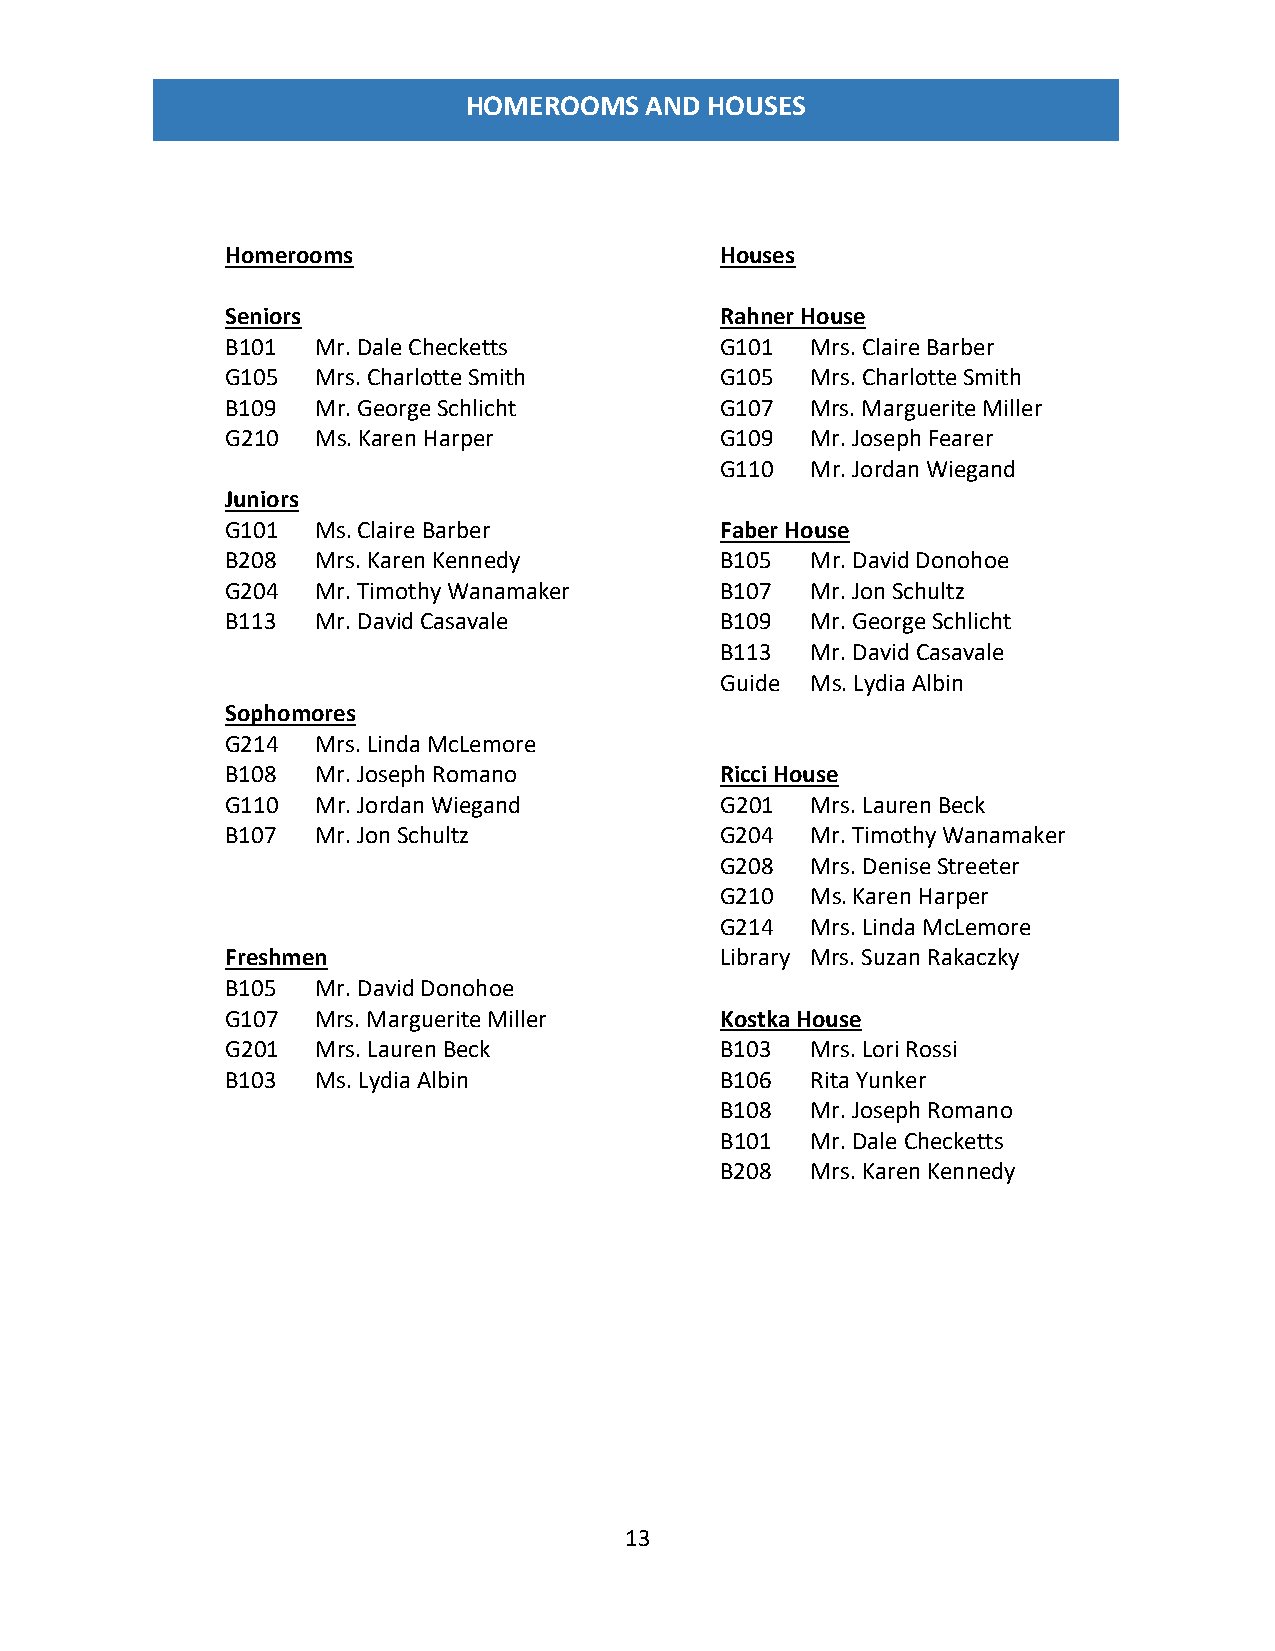
HOMEROOMS   AND HOUSES
 Homerooms                        Houses
 Seniors                          Rahner House
 B101  Mr. Dale Checketts         G101  Mrs. Claire Barber
 G105  Mrs. Charlotte Smith       G105  Mrs. Charlotte Smith
 B109  Mr. George Schlicht        G107  Mrs. Marguerite Miller
 G210  Ms. Karen Harper           G109  Mr. Joseph Fearer
 G110  Mr. Jordan Wiegand
 Juniors
 G101  Ms. Claire Barber          Faber House
 B208  Mrs. Karen Kennedy         B105  Mr. David Donohoe
 G204  Mr. Timothy Wanamaker      B107  Mr. Jon Schultz
 B113  Mr. David Casavale         B109  Mr. George Schlicht
 B113  Mr. David Casavale
 Guide Ms. Lydia Albin
 Sophomores
 G214  Mrs. Linda McLemore
 B108  Mr. Joseph Romano          Ricci House
 G110  Mr. Jordan Wiegand         G201  Mrs. Lauren Beck
 B107  Mr. Jon Schultz            G204  Mr. Timothy Wanamaker
 G208  Mrs. Denise Streeter
 G210  Ms. Karen Harper
 G214  Mrs. Linda McLemore
 Freshmen                         Library Mrs. Suzan Rakaczky
 B105  Mr. David Donohoe
 G107  Mrs. Marguerite Miller     Kostka House
 G201  Mrs. Lauren Beck           B103  Mrs. Lori Rossi
 B103  Ms. Lydia Albin            B106  Rita Yunker
 B108  Mr. Joseph Romano
 B101  Mr. Dale Checketts
 B208  Mrs. Karen Kennedy
 13